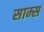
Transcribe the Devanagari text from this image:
साम्स